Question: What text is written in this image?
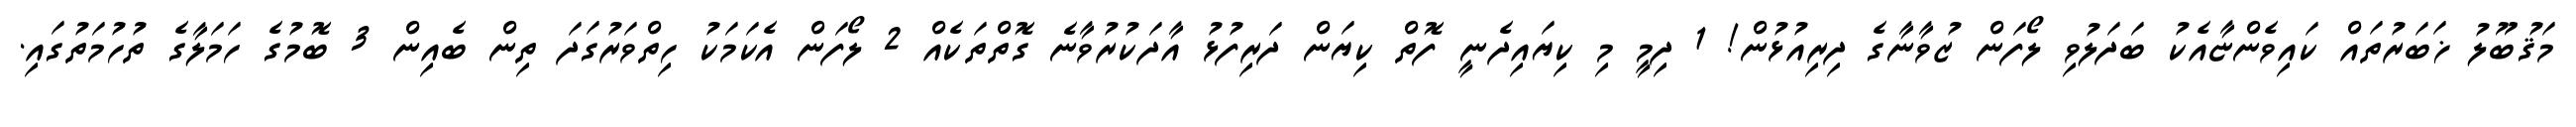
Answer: މަޤުބޫލު ޚަބަރުތައް ކައިވެންޏާއެކު ބަދަލުވި ލޯފަން ޒުވާނާގެ ދިރިއުޅުން! 1 ދިމީ މި ކިޔައިދެނީ ފޮތް ކިޔަން ދަރިފުޅު އާދަކުރުވާނެ ގޮތްތަކެއް 2 ލޯފަން އެކަމަކު ހިތްވަރުގަދަ ތިން ބެއިން 3 ބޮމުގެ ހަމަލާގެ ތުހުމަތުގައި.